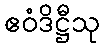
ဧဝံဒိဋ္ဌီသု